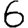
Digit: 6